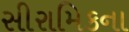
સીરામિકના